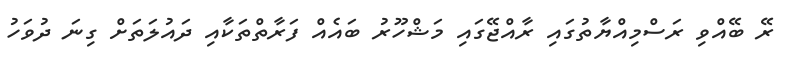
ރޭ ބޭއްވި ރަސްމިއްޔާތުގައި ރާއްޖޭގައި މަޝްހޫރު ބައެއް ފަރާތްތަކާއި ދައުލަތަށް ގިނަ ދުވަހު